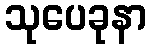
သုပေခုနာ